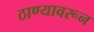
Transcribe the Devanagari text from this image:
ठाण्यावरून